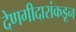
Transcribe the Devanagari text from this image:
देणगीदारांकडून